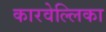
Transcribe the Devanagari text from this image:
कारवेल्लिका